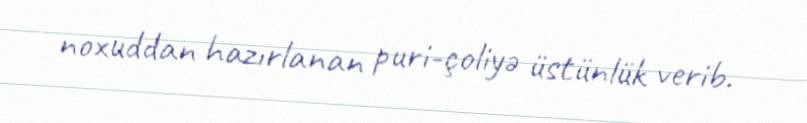
noxuddan hazırlanan puri-çoliyə üstünlük verib.